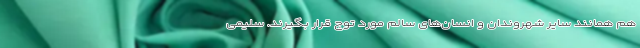
هم همانند سایر شهروندان و انسان‌های سالم مورد توج قرار بگیرند. سلیمی